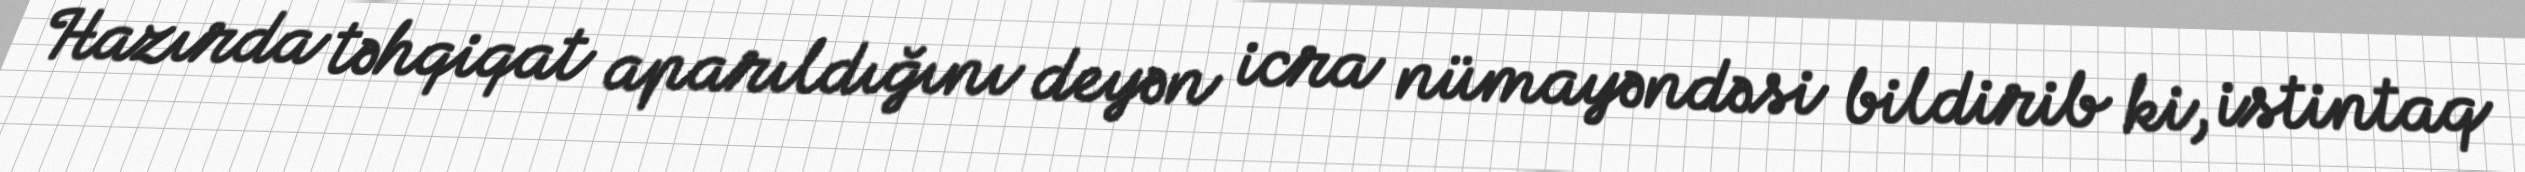
Hazırda təhqiqat aparıldığını deyən icra nümayəndəsi bildirib ki, istintaq